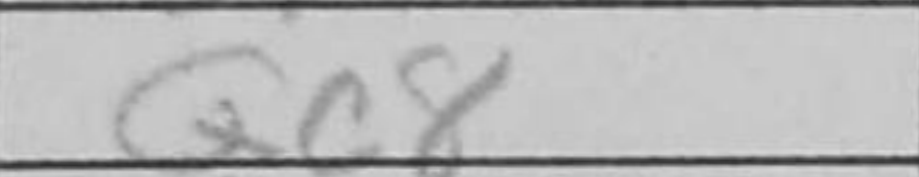
Transcription: Qc8